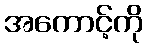
အကောင့်ကို